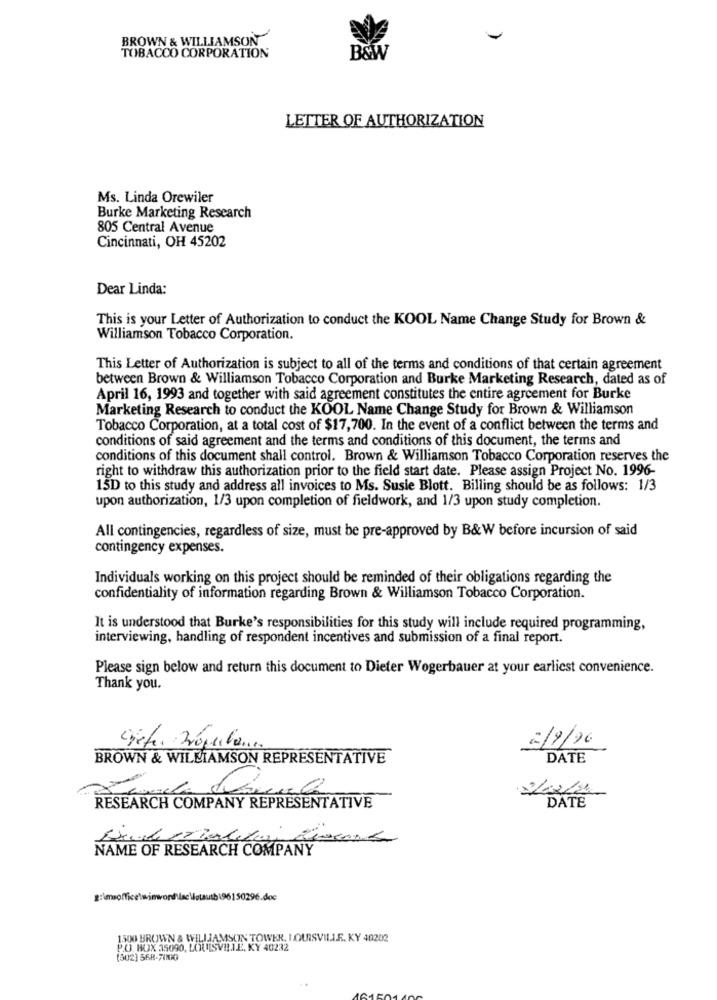
BROWN & WILLIAMSON"
TOBACCO CORPORATION
B&W
LETTER OF AUTHORIZATION
Ms. Linda Orewiler
Burke Marketing Research
805 Central Avenue
Cincinnati, OH 45202
Dear Linda:
This is your Letter of Authorization to conduct the KOOL Name Change Study for Brown &
Williamson Tobacco Corporation.
This Letter of Authorization is subject to all of the terms and conditions of that certain agreement
between Brown & Williamson Tobacco Corporation and Burke Marketing Research, dated as of
April 16, 1993 and together with said agreement constitutes the entire agreement for Burke
Marketing Research to conduct the KOOL Name Change Study for Brown & Williamson
Tobacco Corporation, at a total cost of $17,700. In the event of a conflict between the terms and
conditions of said agreement and the terms and conditions of this document, the terms and
conditions of this document shall control. Brown & Williamson Tobacco Corporation reserves the
right to withdraw this authorization prior to the field start date. Please assign Project No. 1996-
15D to this study and address all invoices to Ms. Susie Blott. Billing should be as follows: 1/3
upon authorization, 1/3 upon completion of fieldwork, and 1/3 upon study completion.
All contingencies, regardless of size, must be pre-approved by B&W before incursion of said
contingency expenses.
Individuals working on this project should be reminded of their obligations regarding the
confidentiality of information regarding Brown & Williamson Tobacco Corporation.
It is understood that Burke's responsibilities for this study will include required programming,
interviewing, handling of respondent incentives and submission of a final report.
Please sign below and return this document to Dieter Wogerbauer at your earliest convenience.
Thank you.
2/9/16
BROWN & WILLIAMSON REPRESENTATIVE
DATE
RESEARCH COMPANY REPRESENTATIVE
DATE
NAME OF RESEARCH COMPANY
g:msoffice\winword\lac Motautb\96150296.doc
1500 BROWN & WILLIAMSON TOWER, LOUISVILLE, KY 40202
P.O. BOX 35090, LOUISVILLE, KY 40232
(502) 568-70010